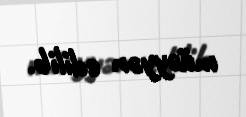
müəyyən edilib.